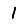
Digit: 1